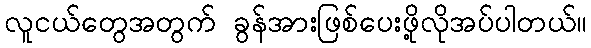
လူငယ်တွေအတွက် ခွန်အားဖြစ်ပေးဖို့လိုအပ်ပါတယ်။